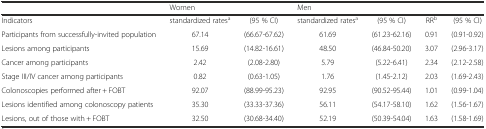
<table><thead><tr><td></td><td colspan="2"><b>Women</b></td><td colspan="2"><b>Men</b></td><td></td><td></td></tr></thead><tbody><tr><td>Indicators</td><td>standardized rates<sup>a</sup></td><td>(95 % CI)</td><td>standardized rates<sup>a</sup></td><td>(95 % CI)</td><td>RR<sup>b</sup></td><td>(95 % CI)</td></tr><tr><td>Participants from successfully-invited population</td><td>67.14</td><td>(66.67-67.62)</td><td>61.69</td><td>(61.23-62.16)</td><td>0.91</td><td>(0.91-0.92)</td></tr><tr><td>Lesions among participants</td><td>15.69</td><td>(14.82-16.61)</td><td>48.50</td><td>(46.84-50.20)</td><td>3.07</td><td>(2.96-3.17)</td></tr><tr><td>Cancer among participants</td><td>2.42</td><td>(2.08-2.80)</td><td>5.79</td><td>(5.22-6.41)</td><td>2.34</td><td>(2.12-2.58)</td></tr><tr><td>Stage III/IV cancer among participants</td><td>0.82</td><td>(0.63-1.05)</td><td>1.76</td><td>(1.45-2.12)</td><td>2.03</td><td>(1.69-2.43)</td></tr><tr><td>Colonoscopies performed after + FOBT</td><td>92.07</td><td>(88.99-95.23)</td><td>92.95</td><td>(90.52-95.44)</td><td>1.01</td><td>(0.99-1.04)</td></tr><tr><td>Lesions identified among colonoscopy patients</td><td>35.30</td><td>(33.33-37.36)</td><td>56.11</td><td>(54.17-58.10)</td><td>1.62</td><td>(1.56-1.67)</td></tr><tr><td>Lesions, out of those with + FOBT</td><td>32.50</td><td>(30.68-34.40)</td><td>52.19</td><td>(50.39-54.04)</td><td>1.63</td><td>(1.58-1.69)</td></tr></tbody></table>